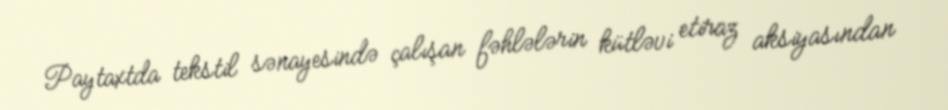
Paytaxtda tekstil sənayesində çalışan fəhlələrin kütləvi etiraz aksiyasından